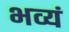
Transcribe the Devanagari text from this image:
भव्यं